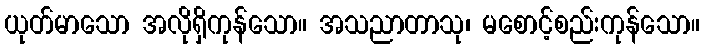
ယုတ်မာသော အလိုရှိကုန်သော။ အသညာတာသု၊ မစောင့်စည်းကုန်သော။